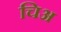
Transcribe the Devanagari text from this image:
चिअ